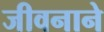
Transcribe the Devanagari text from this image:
जीवनाने